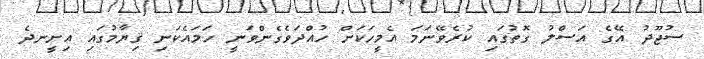
ސުޖޫދު އޭގެ އަސްލު ގޮތުގައި ކުރެވޭނަމަ އެމީހަކަށް ހުއްދަވެގެންވަނީ ހަމައެކަނި ޤިޔާމުގައި އިށީނދެ